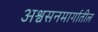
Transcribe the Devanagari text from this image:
अश्वसनमार्गातील